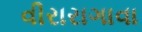
વીરારાગાવા